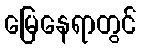
မြေနေရာတွင်